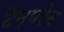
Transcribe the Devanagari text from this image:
टैम्परेट